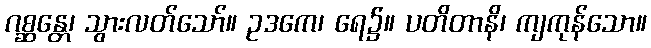
ဂစ္ဆန္တေ၊ သွားလတ်သော်။ ဥဒကေ၊ ရေ၌။ ပတိတာနိ၊ ကျကုန်သော။